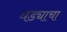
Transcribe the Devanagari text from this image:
धड्याचा